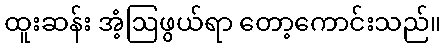
ထူးဆန်း အံ့ဩဖွယ်ရာ တော့ကောင်းသည်။